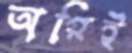
অগ্নিই